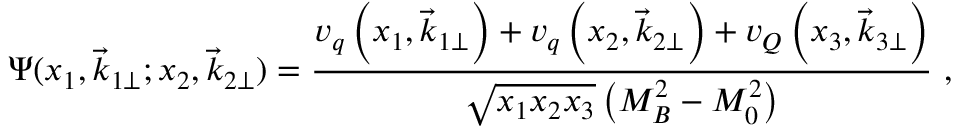
\Psi ( x _ { 1 } , \vec { k } _ { 1 \perp } ; x _ { 2 } , \vec { k } _ { 2 \perp } ) = \frac { v _ { q } \left( x _ { 1 } , \vec { k } _ { 1 \perp } \right) + v _ { q } \left( x _ { 2 } , \vec { k } _ { 2 \perp } \right) + v _ { Q } \left( x _ { 3 } , \vec { k } _ { 3 \perp } \right) } { \sqrt { x _ { 1 } x _ { 2 } x _ { 3 } } \left( M _ { B } ^ { 2 } - M _ { 0 } ^ { 2 } \right) } \ ,